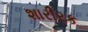
શારીરક